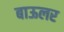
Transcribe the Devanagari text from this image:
बाऊलर